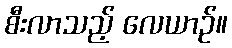
စီးလာသည့် လေယာဉ်။